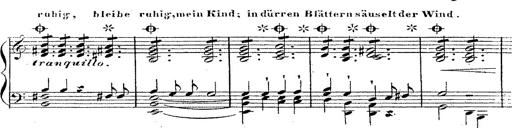
Title: 12 Lieder von Franz Schubert
Composer: Franz Liszt